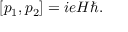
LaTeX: [ p _ { 1 } , p _ { 2 } ] = i e H \hbar .